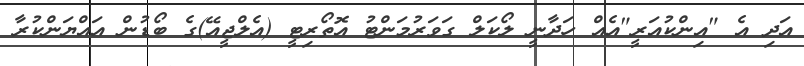
އަދި އެ "އިންކުއަރީ"އެއް ހަދާނީ ލޯކަލް ގަވަރުމަންޓު އޮތޯރިޓީ (އެލްޖީއޭ)ގެ ބޯޑުން އައްޔަންކުރާ